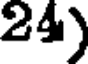
24)